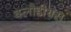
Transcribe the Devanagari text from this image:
क्लौडीयस